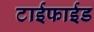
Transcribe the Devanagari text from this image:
टाईफाईड